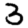
Digit: 3